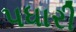
પધારી